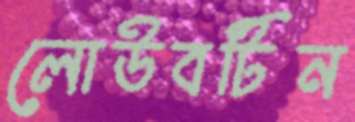
লোউবটিন